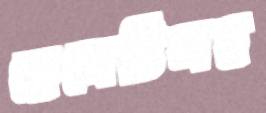
ছেলেটিসহ